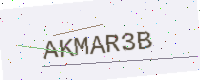
Text: AKMAR3B